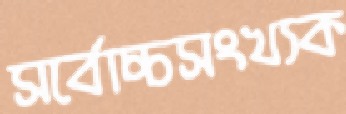
সর্বোচ্চসংখ্যক